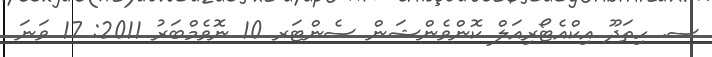
ސ. ހިތަދޫ އިކްއެޓޯރިއަލް ކޮންވެންޝަން ސެންޓަރ 10 ނޮވެމްބަރު 2011: 17 ވަނަ